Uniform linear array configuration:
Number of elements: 8
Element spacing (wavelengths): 0.5
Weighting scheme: binomial
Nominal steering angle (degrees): -30
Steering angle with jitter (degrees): -28.356
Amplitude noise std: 0.05
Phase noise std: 0.05

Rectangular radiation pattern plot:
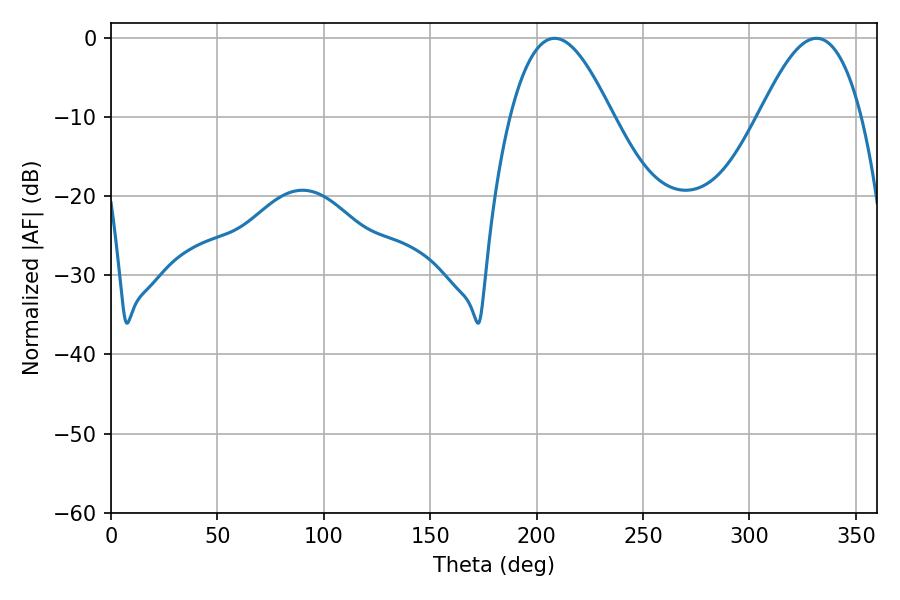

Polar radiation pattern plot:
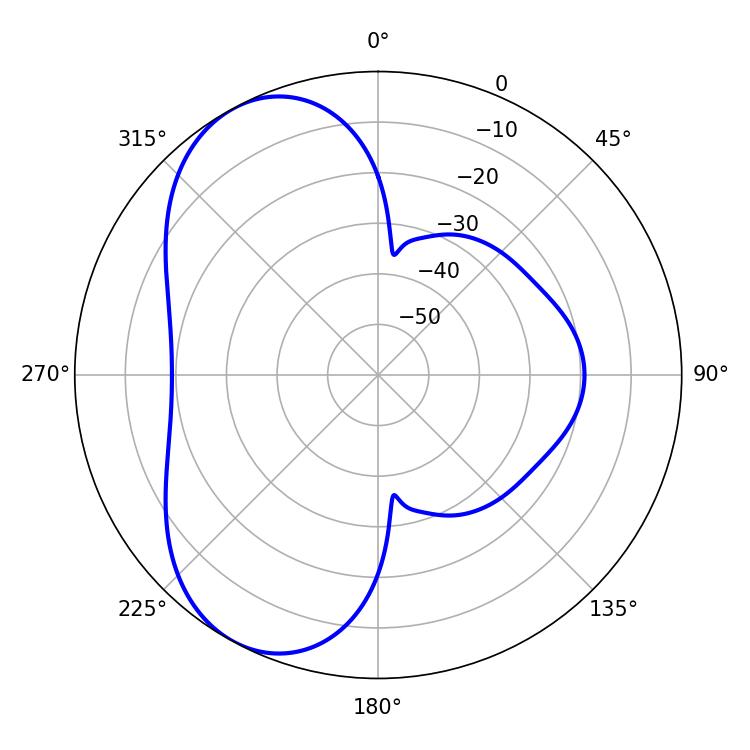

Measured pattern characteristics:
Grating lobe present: FALSE
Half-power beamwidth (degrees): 26.1
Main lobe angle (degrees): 208.44